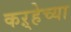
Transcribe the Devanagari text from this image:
कऱ्हेच्या